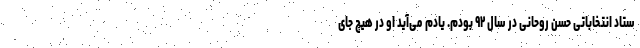
ستاد انتخاباتی حسن روحانی در سال ۹۲ بودم. یادم می‌آید او در هیچ جای